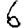
Digit: 6